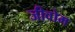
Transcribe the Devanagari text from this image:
जीवोम